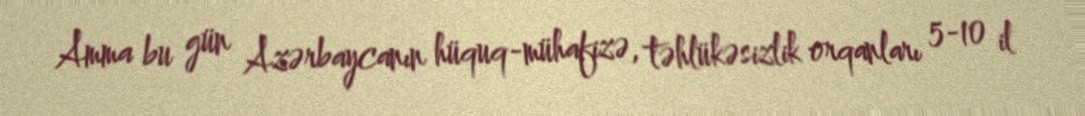
Amma bu gün Azərbaycanın hüquq-mühafizə, təhlükəsizlik orqanları 5-10 il